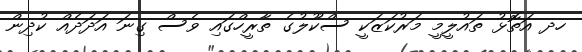
ހދ އަތޮޅު ތައުލީމީ މަރުކަޒަކީ ސްކޫލުގެ ތާރީހްގައި ވެސް ގިނަ އަދަދެއް ކުދިން